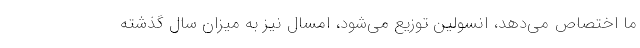
ما اختصاص می‌دهد، انسولین توزیع می‌شود، امسال نیز به میزان سال گذشته